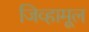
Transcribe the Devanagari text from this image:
जिव्हामूल